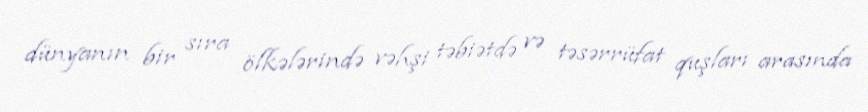
dünyanın bir sıra ölkələrində vəhşi təbiətdə və təsərrüfat quşları arasında